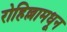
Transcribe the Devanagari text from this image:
रोहिल्लामधून